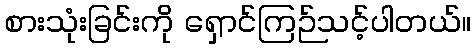
စားသုံးခြင်းကို ရှောင်ကြဉ်သင့်ပါတယ်။